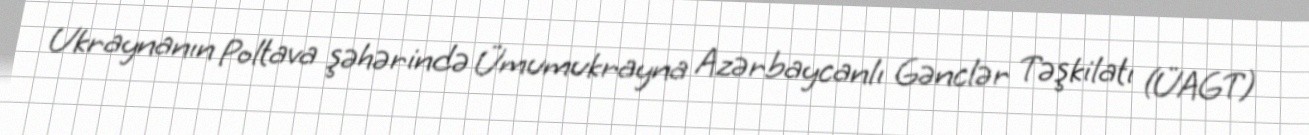
Ukraynanın Poltava şəhərində Ümumukrayna Azərbaycanlı Gənclər Təşkilatı (ÜAGT)